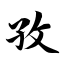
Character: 孜